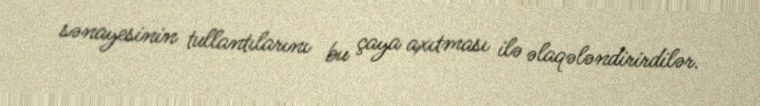
sənayesinin tullantılarını bu çaya axıtması ilə əlaqələndirirdilər.